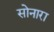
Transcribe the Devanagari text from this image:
सोनारा